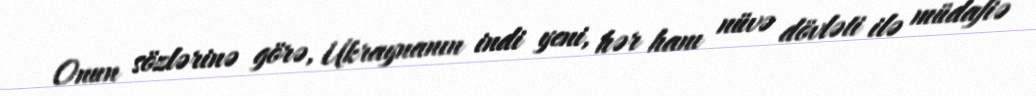
Onun sözlərinə görə, Ukraynanın indi yeni, hər hanı nüvə dövləti ilə müdafiə